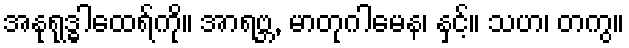
အနုရုဒ္ဓါထေရ်ကို။ အာရဗ္ဘ, မာတုဂါမေန၊ နှင့်။ သဟ၊ တကွ။